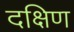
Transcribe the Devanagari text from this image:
दक्षिण्‍ा